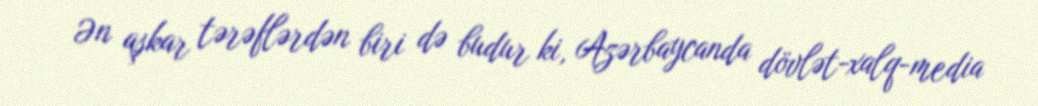
Ən aşkar tərəflərdən biri də budur ki, Azərbaycanda dövlət-xalq-media